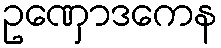
ဥဏှောဒကေန